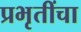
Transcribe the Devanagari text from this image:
प्रभृतींचा